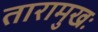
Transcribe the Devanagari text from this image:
तारामुखः